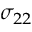
\sigma _ { 2 2 }